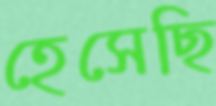
হেসেছি